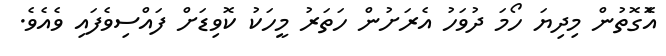
އެޮގޮތުން މިދިޔަ ހޯމަ ދުވަހު އެރަށުން ހަތަރު މީހަކު ކޮވިޑަށް ފައްސިވެފައި ވެއެވެ.